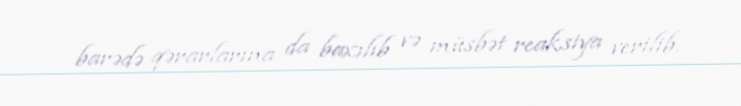
barədə qərarlarına da baxılıb və müsbət reaksiya verilib.